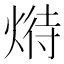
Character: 𤋵